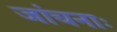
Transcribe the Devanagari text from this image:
जांचनाः